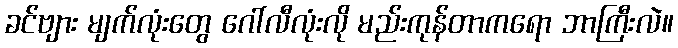
ခင်ဗျား မျက်လုံးတွေ ဂေါ်လီလုံးလို မည်းကုန်တာကရော ဘာကြီးလဲ။